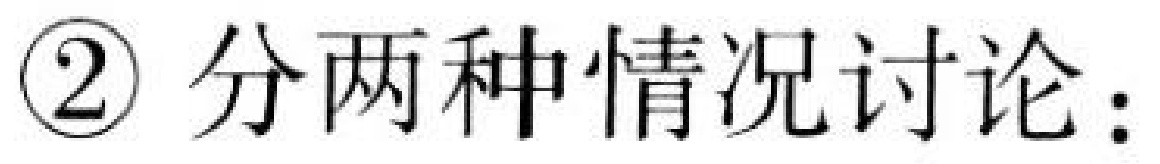
\textcircled{2} 分两种情况讨论：